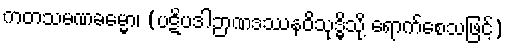
ကတသမဏခမ္မော၊ (ပဋိပဒါဉာဏဒဿနဝိသုဒ္ဓိသို့ ရောက်စေသဖြင့်)